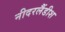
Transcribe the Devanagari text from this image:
नीदरलैंडीश